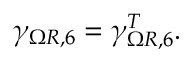
\gamma _ { \Omega R , 6 } = \gamma _ { \Omega R , 6 } ^ { T } .